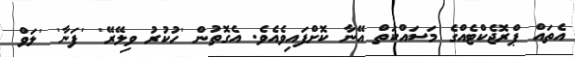
އެތައް ޕްރޮޖެކްޓެއްގެ މަސައްކަތް އޭނާ ކޮށްފައިވެއެވެ. އެގޮތުން 'ހުކުރު ވިލޭރޭ' 'ފަނާ' 'ލަވް